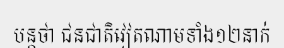
បន្តថា ជនជាតិវៀតណាមទាំង១២នាក់